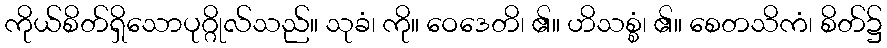
ကိုယ်စိတ်ရှိသောပုဂ္ဂိုလ်သည်။ သုခံ၊ ကို။ ဝေဒေတိ၊ ၏။ ဟိသစ္စံ၊ ၏။ စေတသိကံ၊ စိတ်၌